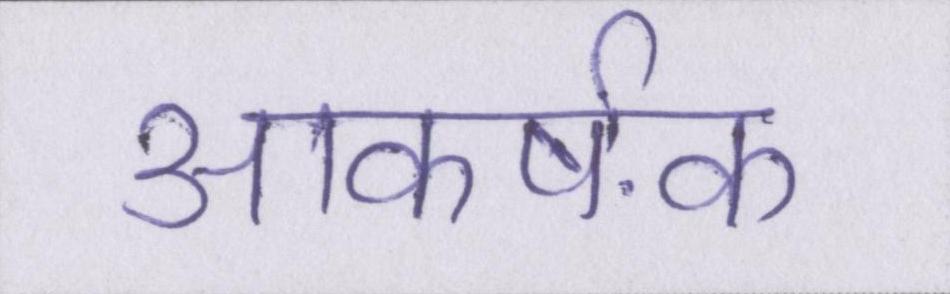
आकर्षक